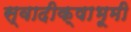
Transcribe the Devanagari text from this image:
स्वादीक्षाभूमी